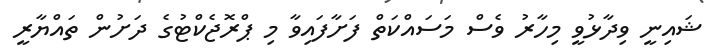
ޝައިނީ ވިދާޅުވީ މިހާރު ވެސް މަސައްކަތް ފަށާފައިވާ މި ޕްރޮޖެކްޓުގެ ދަށުން ތައްޔާރީ